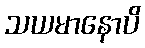
သယမာနောပိ